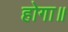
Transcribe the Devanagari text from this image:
होगा॥